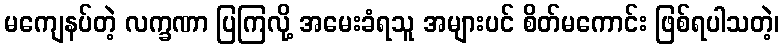
မကျေနပ်တဲ့ လက္ခဏာ ပြကြလို့ အမေးခံရသူ အများပင် စိတ်မကောင်း ဖြစ်ရပါသတဲ့၊